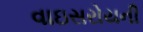
વાઇસરોયની